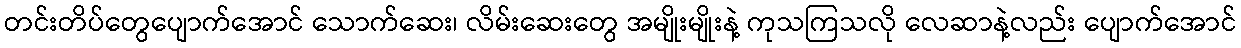
တင်းတိပ်တွေပျောက်အောင် သောက်ဆေး၊ လိမ်းဆေးတွေ အမျိုးမျိုးနဲ့ ကုသကြသလို လေဆာနဲ့လည်း ပျောက်အောင်